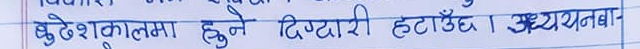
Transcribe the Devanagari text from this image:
बुढेसकालमा हुने दिप्पारी हटाउँछ। अध्ययनबा